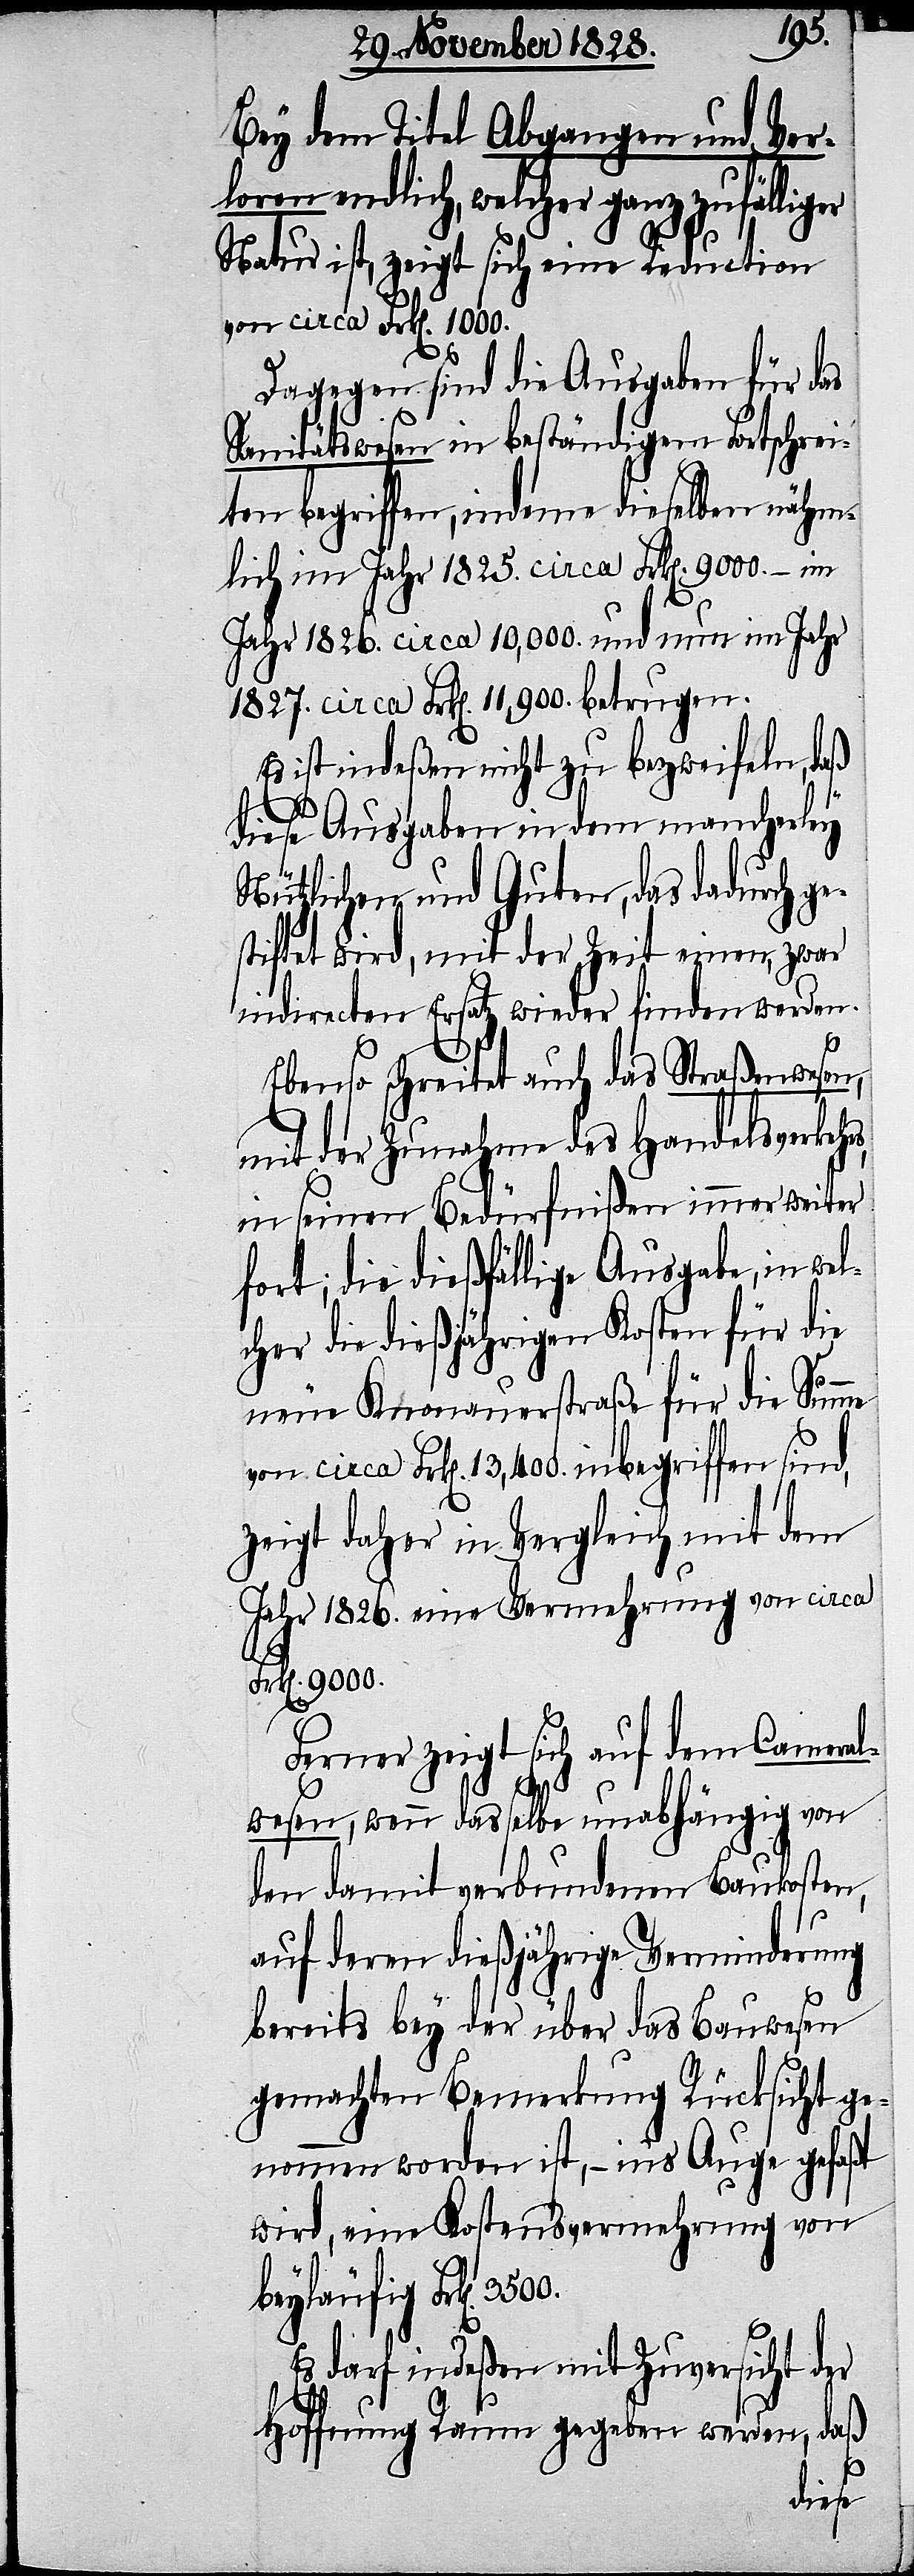
Bey dem Titel Abgangen und Ver¬
loren endlich, welcher ganz zufällig¬
Natur ist, zeigt sich eine Reduction
von circa Frk[en]. 1000.
Dagegen sind die Ausgaben für das
Sanitätswesen in beständigem Fortschrei¬
ten begriffen, indeme dieselben nähm¬
lich im Jahr 1825. circa Frk[en]. 9000. – im
Jahr 1826. circa 10,000. und nun im Jahr
1827. circa 11,900. betrugen.
Es ist indeßen nicht zu bezweifeln, daß
diese Ausgaben in dem mancherley
Nützlichen und Guten, das dadurch ge¬
stiftet wird, mit der Zeit einen, zwar
indirecten Ersatz wieder finden werden.
rs,
er
Ebenso schreitet auch das Straßenwesen,
mit der Zunahme des Handelsverkeh¬
in seinen Bedürfnißen immer weiter
fort; die dießfällige Ausgabe, in we¬
lcher die dießjährigen Kosten für die
neue Knonauerstraße für die Summe
von circa Frk[en]. 13,400. inbegriffen sind,
zeigt daher in Vergleich mit dem
Jahr 1826. eine Vermehrung von circa
Frk[en]. 9000.
Ferner zeigt sich auf dem Cameral¬
wesen, wenn dasselbe unabhängig von
den damit verbundenen Baukosten,
auf deren dießjährige Verminderung
bereits bey der über das Bauwesen
gemachten Bemerkung Rücksicht ge¬
nommen worden ist, – ins Auge gefaßt
wird, eine Kostensvermehrung von
beyläufig Frk[en].
Es darf indeßen mit Zuversicht der
Hoffnung Raum gegeben werden, daß